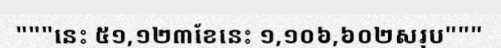
"""នេះ ៥១,១២៣ខែនេះ ១,១០៦,៦០២សរុប"""